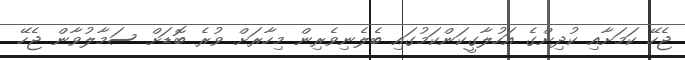
ޖެހޭ ކަމަށާއި ކުދިންގެ އަހުލާގީކަންކަމުގައި ބެލެނިވެރިން މިހާރަށް ވުރެ ބޮޑަށް ސަމާލުވާން ޖެހޭ